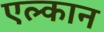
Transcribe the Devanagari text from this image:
एल्कान